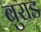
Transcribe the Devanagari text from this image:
बुराड